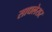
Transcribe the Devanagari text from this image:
साधलेसर